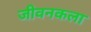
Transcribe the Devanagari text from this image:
जीवनकला